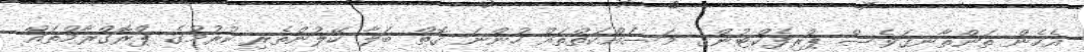
އެހެން ތަންތާނގަވެސް ޕްރިފެކްޓުންގެ މަސައްކަތްތައް ހުންނަ ގޮތް ބަލާ ހޭލުންތެރި ކުރުމުގެ ޕްރޮގްރާމްތައް